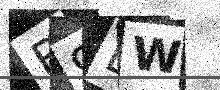
Text: B9LW